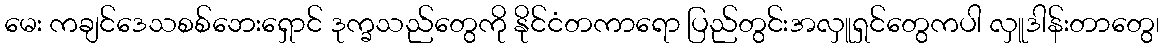
မေး ကချင်ဒေသစစ်ဘေးရှောင် ဒုက္ခသည်တွေကို နိုင်ငံတကာရော ပြည်တွင်းအလှူရှင်တွေကပါ လှူဒါန်းတာတွေ၊